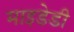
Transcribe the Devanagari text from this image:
माइडेडी